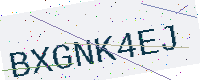
Text: BXGNK4EJ